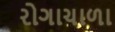
રોગાચાળા